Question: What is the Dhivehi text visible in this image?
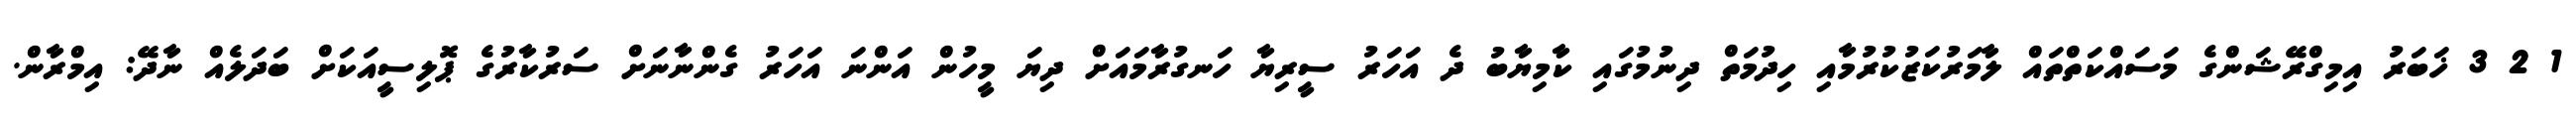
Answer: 1 2 3 ޚަބަރު އިމިގްރޭޝަންގެ މަސައްކަތްތައް ލާމަރުކަޒުކުރުމާއި ހިދުމަތް ދިނުމުގައި ކާމިޔާބު ދެ އަހަރު ސީރިޔާ ހަނގުރާމައަށް ދިޔަ މީހުން އަންނަ އަހަރު ގެންނާނަށް ސަރުކާރުގެ ޕޮލިސީއަކަށް ބަދަލެއް ނާދޭ: އިމްރާން.